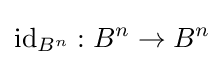
\operatorname {id} _{B^{n}}:B^{n}\to B^{n}